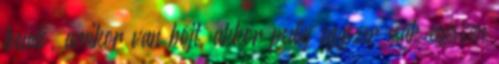
teendő, amikor van böjt, akkor pedig egyszer csak egészen